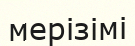
мерізімі